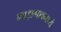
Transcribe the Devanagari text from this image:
माझगावमध्ये